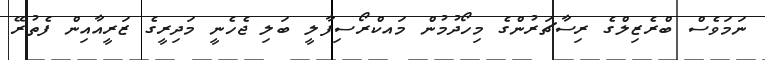
ނަމަވެސް ބްރެޒިލްގެ ރިސާޗަރުންގެ މިހޯދުމުން މައކްރޯސިފާލީ ބަލި ޖެހެނީ މަދިރީގެ ޒަރީއާއިން ފެތުރޭ